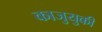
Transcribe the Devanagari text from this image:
काजुयुकी